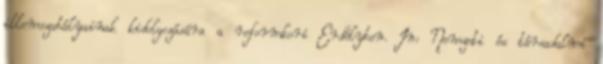
illemszabályainak kidolgozására a reformkori Erdélyben. In: Nemzeti és társadalmi